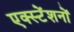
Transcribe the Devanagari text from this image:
एक्स्टेंशनों